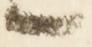
候